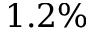
1 . 2 \%